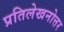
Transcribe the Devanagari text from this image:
प्रतिलेखनोत्तर